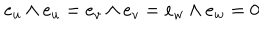
e _ { u } \wedge e _ { u } = e _ { v } \wedge e _ { v } = e _ { w } \wedge e _ { w } = 0